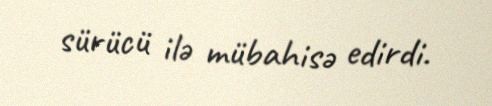
sürücü ilə mübahisə edirdi.